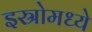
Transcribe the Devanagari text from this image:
इस्रोमध्ये